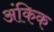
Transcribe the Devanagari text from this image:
अंकिक